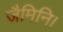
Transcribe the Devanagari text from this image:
जैमिनि।